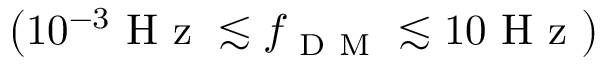
\left( 1 0 ^ { - 3 } \mathrm { ~ H ~ z ~ } \lesssim f _ { \mathrm { ~ D ~ M ~ } } \lesssim 1 0 \mathrm { ~ H ~ z ~ } \right)